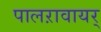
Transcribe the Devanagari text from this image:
पालऱावायर्